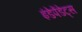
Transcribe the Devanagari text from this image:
इंडेपेंडेट्स